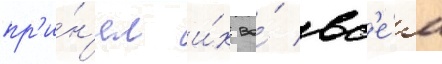
пр'и́н'ял и́х во́ вс'е́м